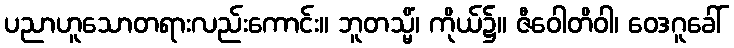
ပညာဟူသောတရားလည်းကောင်း။ ဘူတသ္မိံ၊ ကိုယ်၌။ ဇီဝေါတိဝါ၊ ဝေဒဂူခေါ်